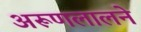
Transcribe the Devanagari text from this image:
अरूणलालने